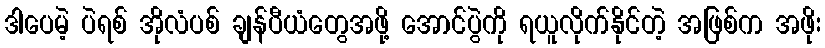
ဒါပေမဲ့ ပဲရစ် အိုလံပစ် ချန်ပီယံတွေအဖို့ အောင်ပွဲကို ရယူလိုက်နိုင်တဲ့ အဖြစ်က အဖိုး